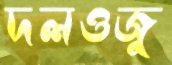
দলওজু